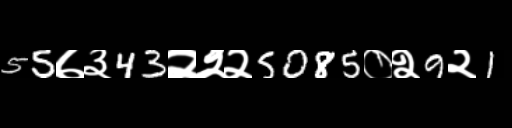
Text: 55७३43२२२5085०२9२1